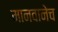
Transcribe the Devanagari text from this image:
मानवानेच